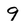
Character: 9